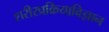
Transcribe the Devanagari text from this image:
शरीरप्रक्रियाविज्ञान